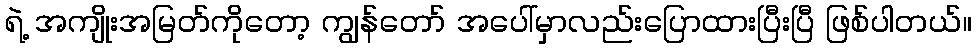
ရဲ့ အကျိုးအမြတ်ကိုတော့ ကျွန်တော် အပေါ်မှာလည်းပြောထားပြီးပြီ ဖြစ်ပါတယ်။